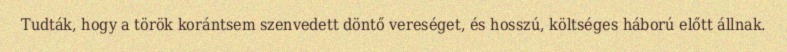
Tudták, hogy a török korántsem szenvedett döntő vereséget, és hosszú, költséges háború előtt állnak.